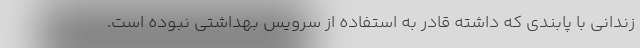
زندانی با پابندی که داشته قادر به استفاده از سرویس بهداشتی نبوده است.